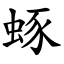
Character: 䖶